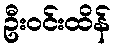
ဦးဝင်းထိန်